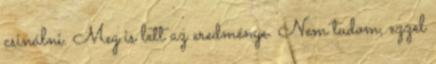
csinálni. Meg is lett az eredménye. Nem tudom, ezzel